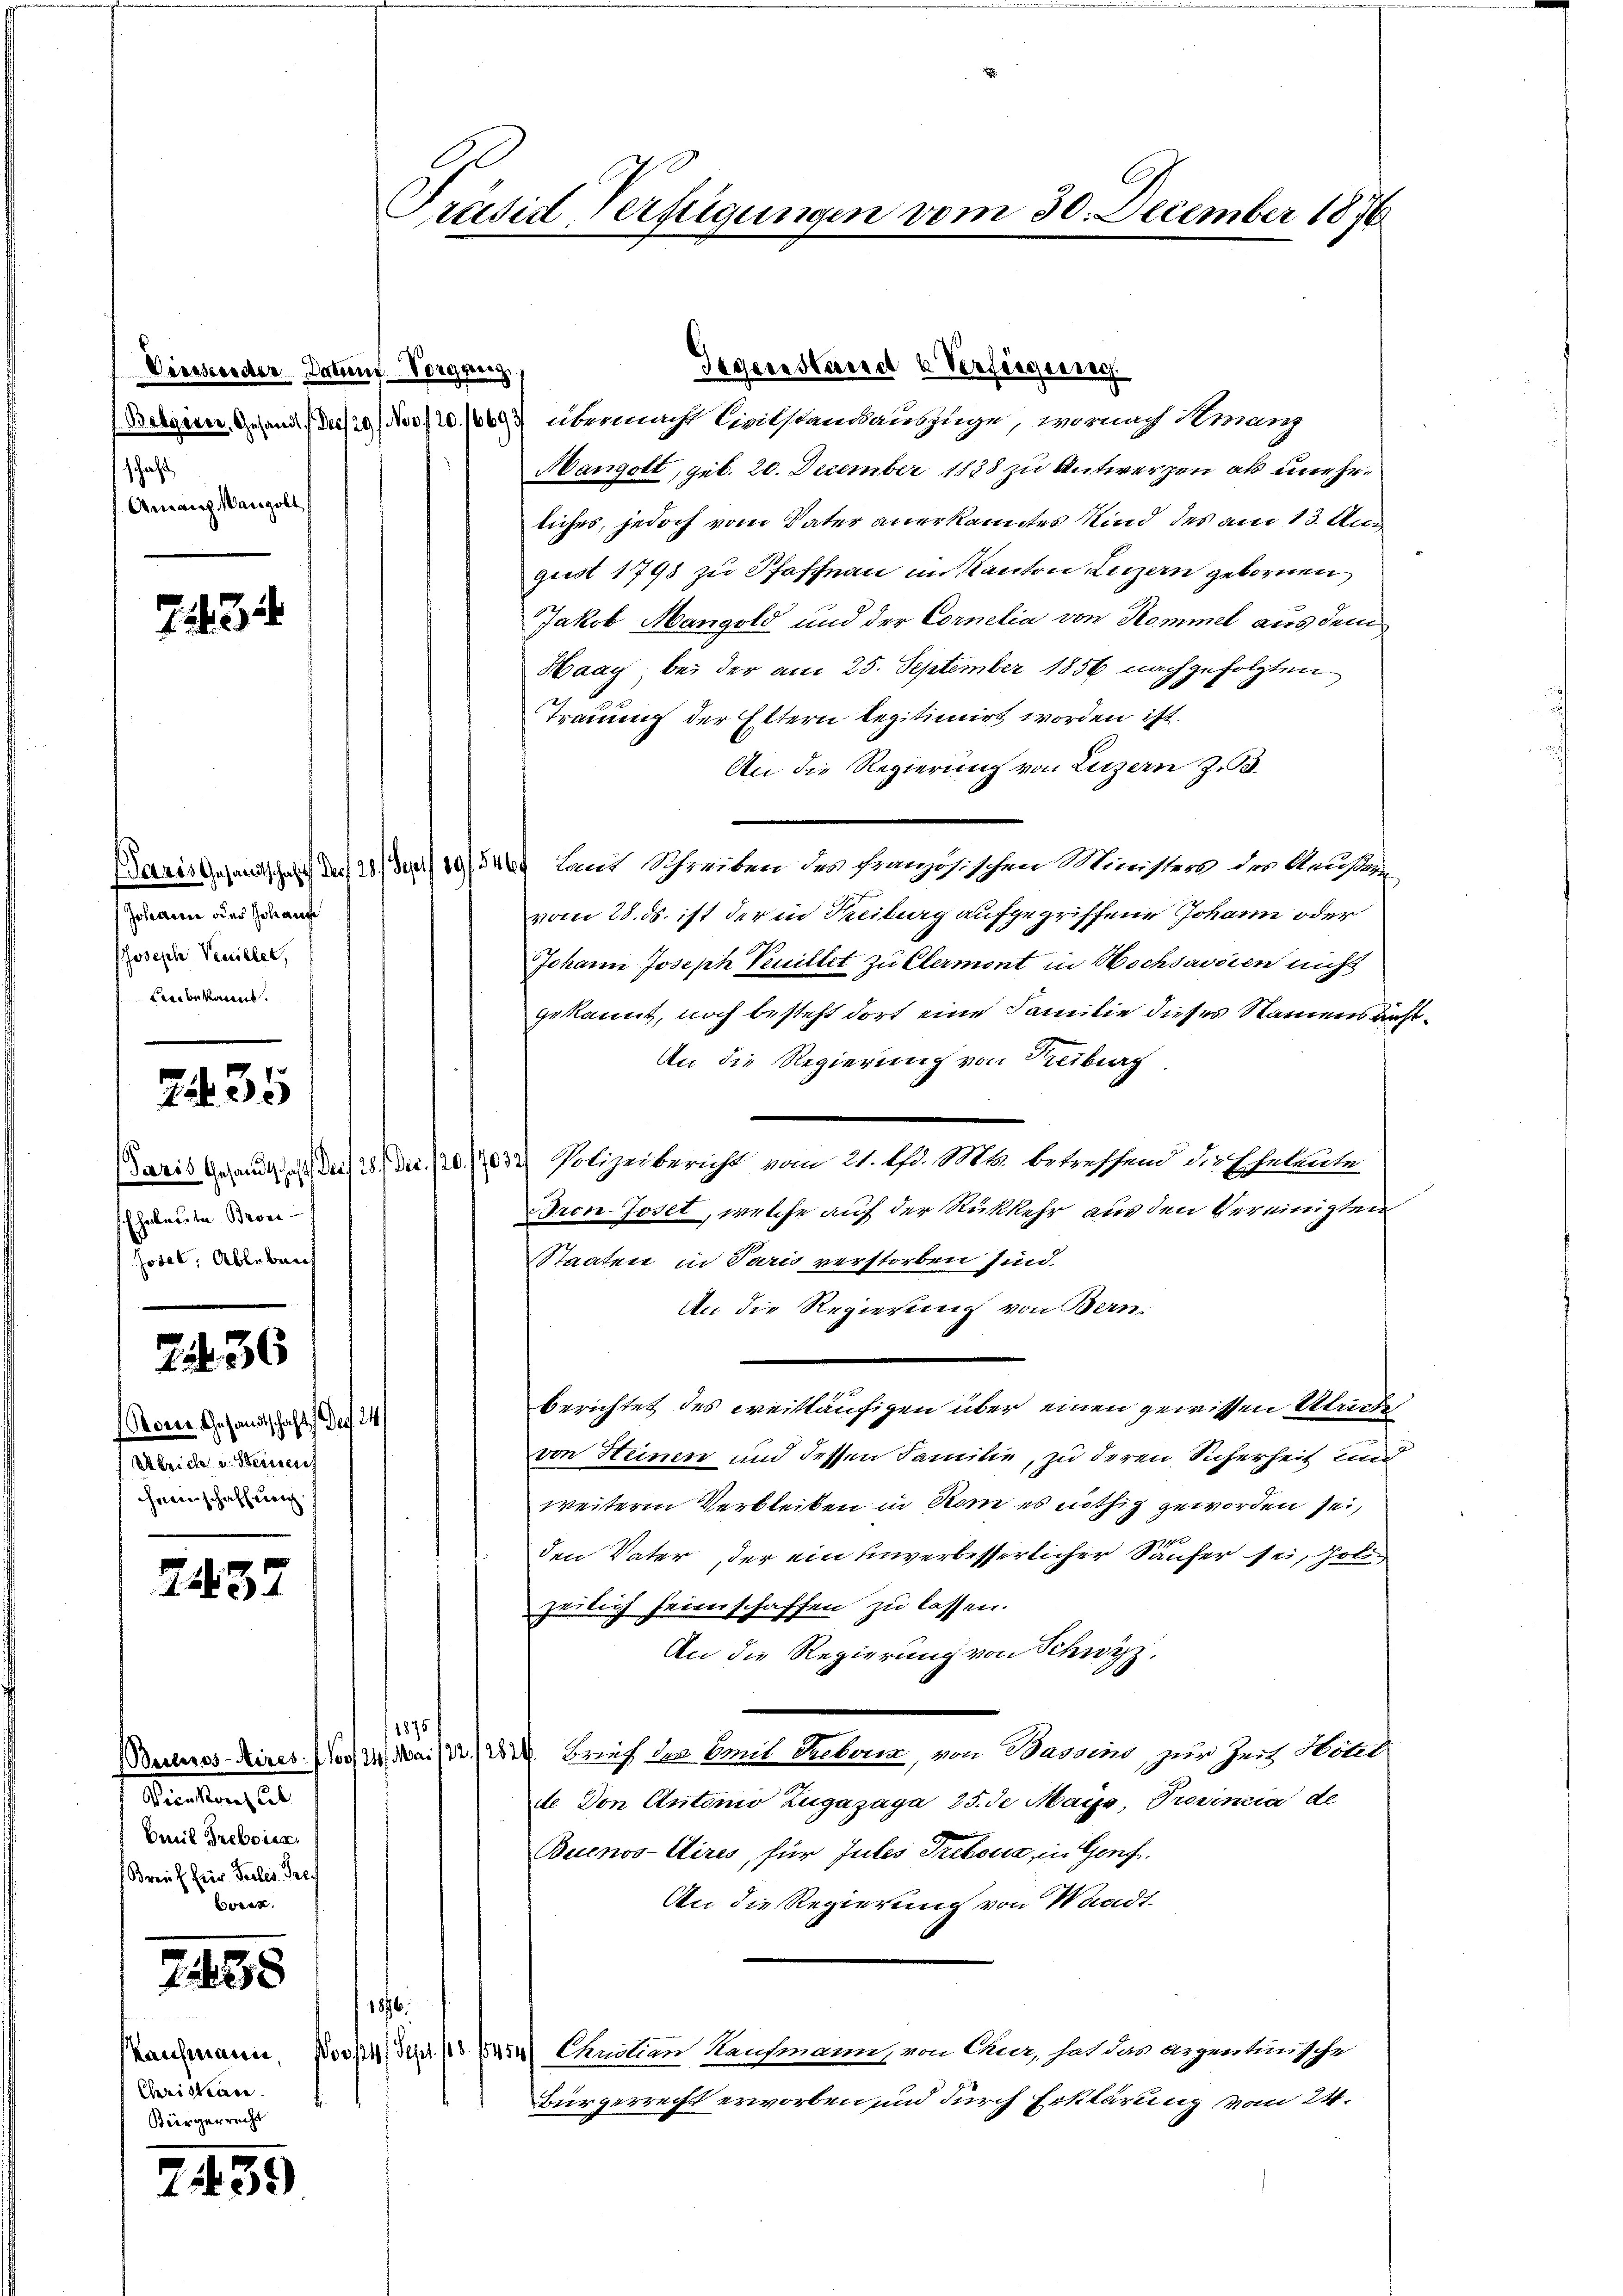
Viessender Datum Vorgang,
schaft
Amanz Mangolt

7434

f Johanne oder Johange
Joseph Venillet,
Lnbekannt.

235

Eheleute Brone
Jotel, Ableben

736

Porne Gesandtschaft Prof. 24
Abrich u. Steinauf
Heimschaffung

2432

Vienmoral Sch
Breit Treboren
Breif für Teiles Fre
ek

.438

Christerren
Bürgerrecht

7459

Präsid Verfügungen vom 30. December 1876

Gegenstand u Verfügung

Oelgern Gefand (des 9. Nov/20. 1669 übermacht Civilstandauszüge, wornach Somang
Mangolt, geb. 20. December 1838 zu Antwerzen als uneheliches, jedoch vom Vater anerkanntes Kind des am 13. Aug
gust 1798 zu Pfeffnau im Kanton Luzern gebornen
Jakob Mangold und der Cornelia von Kommel aus dem
Haag bei der am 25. September 1856 nachgefolgten
Trauung der Eltern legitimirt worden ist.
An die Regierung von Luzern Z. 3.
Paris Gesandtschaft des 20. Sept. 19546. Land Schreiben des französischen Minister der Ansi
vom 28. ds. ist der in Freiburg aufgegriffene Johann oder
Johann Joseph Neuillet zu Clermont in Hochsavoien nicht
gekannt, noch besteht dort eine Familie dieses Namens aucht¬
An die Regierung von Treiburg.
Baris gerauf 1. Der 20 Fr. 10. 1032 Polizeibericht vom 21. Ad. Mts. betreffend die Eheleute
ron-Joset, welche auf der Rückkehr aus den Vereinigten
Staaten in Paris verstorben sind.
An die Regierung von Bern.
berichtet des weitläufigen über einen gewissen Ulriche
von Heinen und dessen Familie, zu deren Sicherheit und
weiterm Verbleiben in Rom es nöthig geworden sei,
den Vater der ein unverbesserlicher Säufer sei, hol
zeilich seinschaffen zu lassen.
An die Regierung von Schwyz.
1875
Beitres-Kires. 11/24 Mai 1882. Brief den mit Geborn, von Bassin zur Zeit, Hotel
de Don Antonio Zugazaga 25. de Mais, Provincia de
Buenos-Aires, für Jules Trebour, in Genf
An die Regierung von Waadt
186
Kaufmann. Novk4 Sept. 18. 1252) Cunitian Kaufmann, von Chur, hat das argentinische
Bürgerrecht erworben und durch Erklärung vom 24.